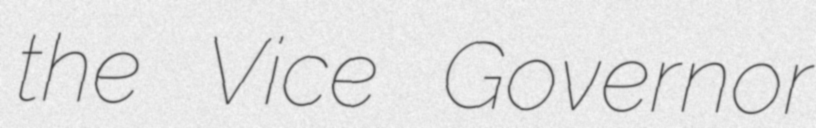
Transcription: the Vice Governor